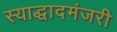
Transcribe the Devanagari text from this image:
स्याद्धादमंजरी